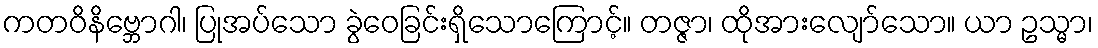
ကတဝိနိဗ္ဘောဂါ၊ ပြုအပ်သော ခွဲဝေခြင်းရှိသောကြောင့်။ တဇ္ဇာ၊ ထိုအားလျော်သော။ ယာ ဥသ္မာ၊